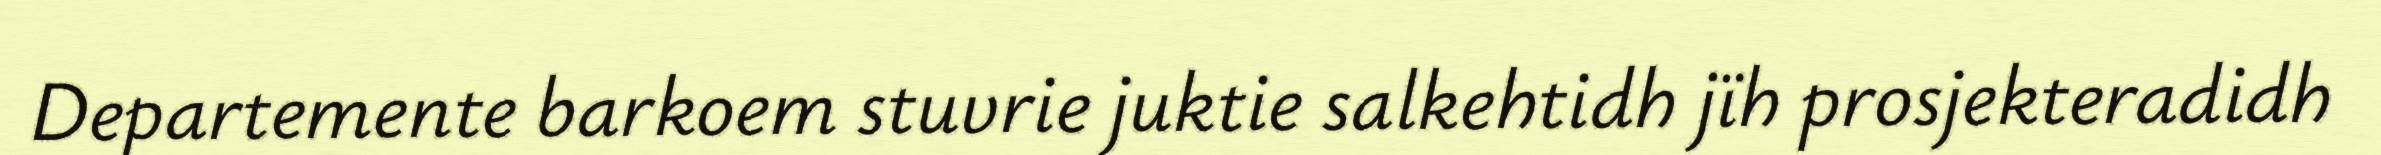
Departemente barkoem stuvrie juktie salkehtidh jïh prosjekteradidh